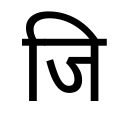
OCR:
जि